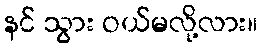
နင် သွား ဝယ်မလို့လား။